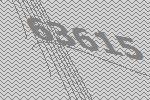
63615